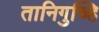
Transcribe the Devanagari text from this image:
तानिगुच्हि